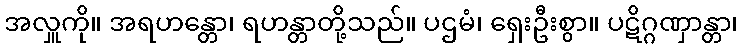
အလှူကို။ အရဟန္တော၊ ရဟန္တာတို့သည်။ ပဌမံ၊ ရှေးဦးစွာ။ ပဋိဂ္ဂဏှာန္တာ၊